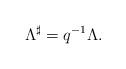
LaTeX: \begin{align*}\Lambda^\sharp=q^{-1}\Lambda.\end{align*}